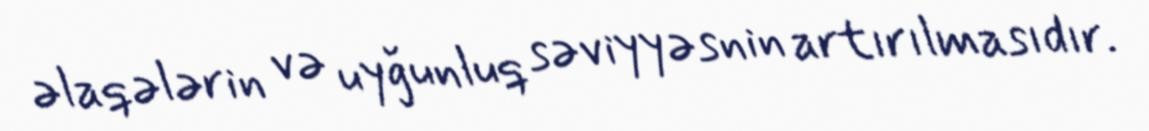
əlaqələrin və uyğunluq səviyyəsnin artırılmasıdır.